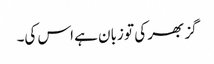
گز بھر کی تو زبان ہے اس کی۔